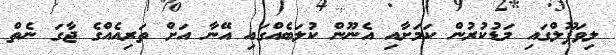
ލިވަޕޫލްގައި މަޑުކުރުން ކަމަށާއި އެނޫން ކުލަބެއްގައި އޭނާ އަށް ތަރިއެއްގެ ޖާގަ ނެތް